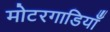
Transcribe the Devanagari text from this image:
मोटरगाडियाँ